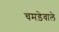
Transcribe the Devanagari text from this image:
चमड़ेवाले